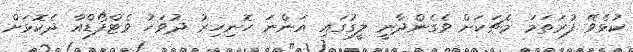
ކުޅެވޭ ފުރަތަމަ މެޗަކަށް ވެގެންދާނީ ލީގުގައި އަންނަ ހޮނިހިރު ދުވަހު ވެޓްފޯޑްއާ ދެކޮޅަށް